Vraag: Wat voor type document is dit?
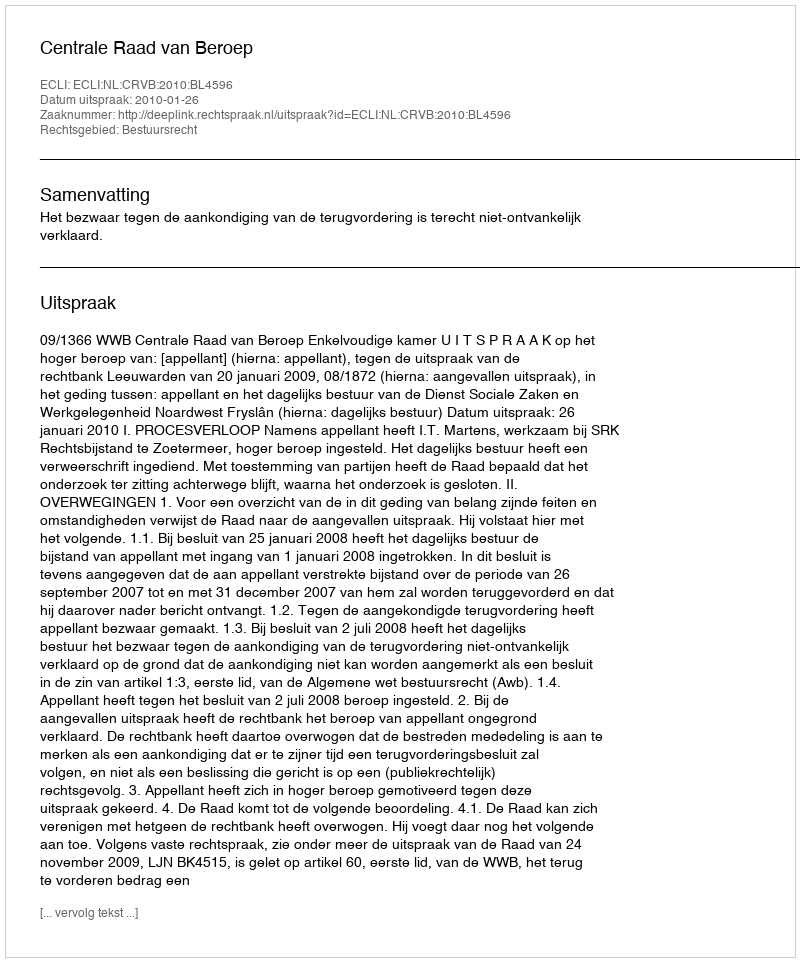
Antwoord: Uitspraak